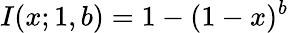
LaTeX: I(x;1,b)=1-(1-x)^{b}